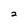
Character: 2